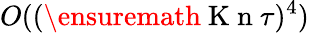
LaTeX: O((\ensuremath{\mathrm{~K~n~}}\tau)^{4})